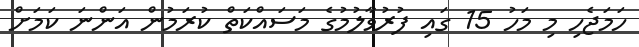
ހަމަޖެހި މި މަހު 15 ގައި ފުރުވާލުމުގެ މަސައްކަތް ކުރަމުން އަންނަ ކަމަށް